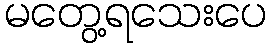
မတွေ့ရသေးပေ